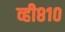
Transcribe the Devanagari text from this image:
व्ही८१०